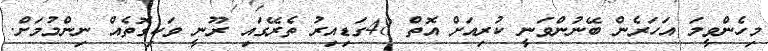
މިހެންވީމަ އަހަރެން ބޭނުންވަނީ ކުރިއަށް އޮތް 48ގަޑިއިރު ތެރޭގައި ރޫނީ ވަކިގޮތެއް ނިންމުމަށް.